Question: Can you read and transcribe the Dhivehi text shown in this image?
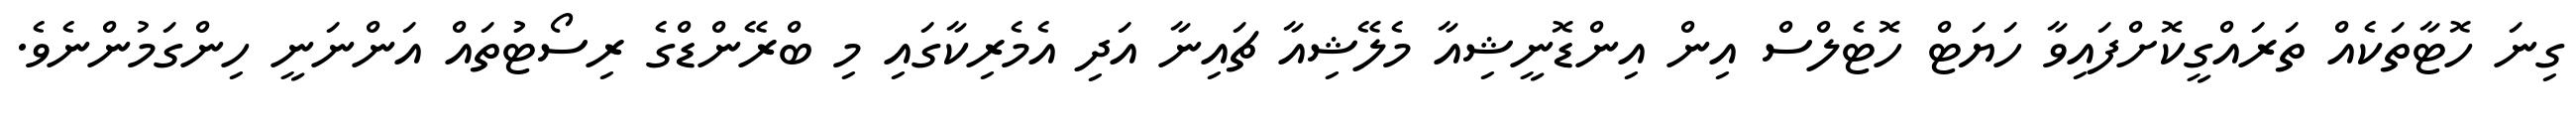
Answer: ގިނަ ހޮޓާތަކެއް ތަރައްގީކޮށްފައިވާ ހަޔަޓް ހޮޓެލްސް އިން އިންޑޮނީޝިއާ މެލޭޝިއާ ޗައިނާ އަދި އެމެރިކާގައި މި ބްރޭންޑްގެ ރިސޯޓުުތައް އަންނަނީ ހިންގަމުންނެވެ.